Report on the cultivation of protesoma, Labbé, in grey mosquitoes
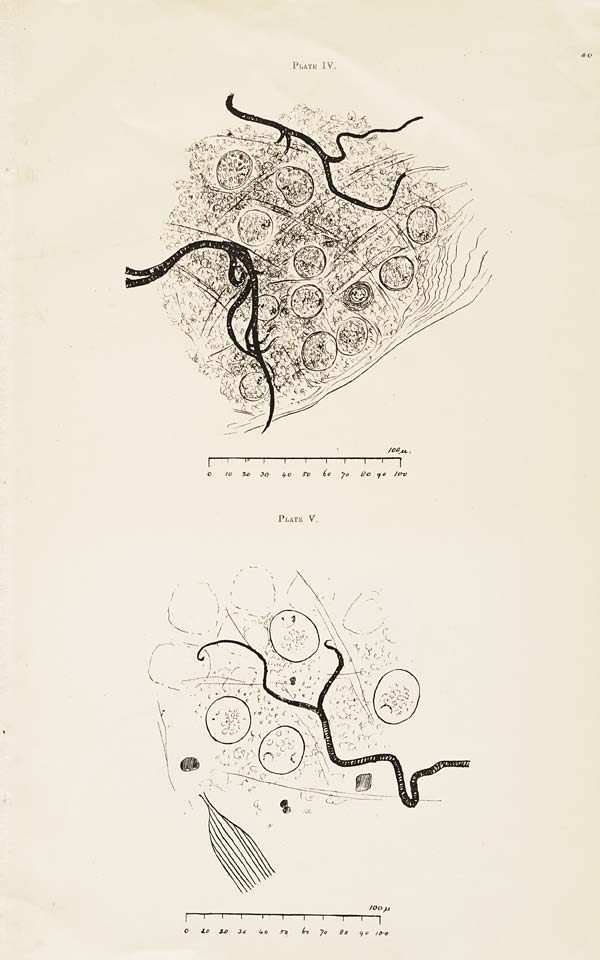
PLATE IV.
PLATE V.
40